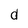
Character: d